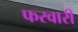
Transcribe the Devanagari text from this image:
फरवारी